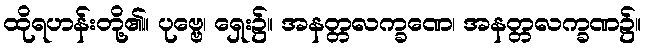
ထိုရဟန်းတို့၏။ ပုဗ္ဗေ၊ ရှေး၌။ အနတ္တလက္ခဏေ၊ အနတ္တလက္ခဏ၌။